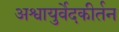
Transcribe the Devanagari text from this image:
अश्वायुर्वेदकीर्तन